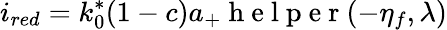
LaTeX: i_{red}=k_{0}^{*}(1-c)a_{+}\mathrm{~h~e~l~p~e~r~}(-\eta_{f},\lambda)